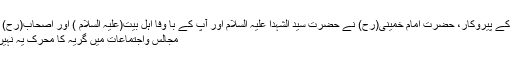
عصر حاضر کے مجدد اور کربلائے حسین(علیہ السلام) کے پیروکار، حضرت امام خمینی(رح) نے حضرت سید الشہدا علیہ السلام اور آپ کے با وفا اہل بیت(علیہ السلام ) اور اصحاب(رح) کی مظلومیت کی طرف اشارہ کرتے ہوئے فرماتے ہیں:
مجالس واجتماعات میں گریہ کا محرک یہ نہیں ہے کہ ہم حضرت سید الشہدا علیہ السلام پر گریہ کریں۔